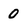
Character: 0